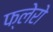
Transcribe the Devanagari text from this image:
फ्लेरो